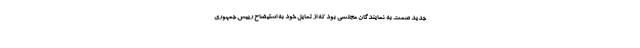
جدید صمت به نمایندگان مجلسی بود که از تمایل خود به استیضاح رییس جمهوری